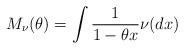
LaTeX: \begin{align*} M_{\nu}(\theta)=\int \frac{1}{1- \theta x} \nu(dx)\end{align*}